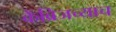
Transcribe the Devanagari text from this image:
केंब्रिजच्याच